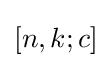
\left[n,k;c\right]